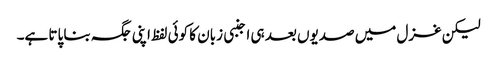
لیکن غزل میں صدیوں بعد ہی اجنبی زبان کا کوئی لفظ اپنی جگہ بنا پاتا ہے۔